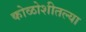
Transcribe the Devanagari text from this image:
कोळोशीतल्या